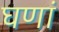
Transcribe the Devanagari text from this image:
घणां